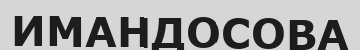
ИМАНДОСОВА